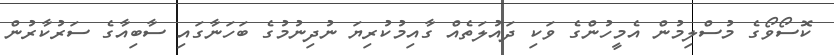
ކޮސޯވޯގެ މުސްލިމުން އެމީހުންގެ ވަކި ދައުލަތެއް ގާއިމުކުރިޔަ ނުދިނުމުގެ ބަހަނާގައި ސާބިއާގެ ސަރުކާރުން